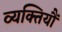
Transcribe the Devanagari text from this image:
व्यक्तियौं